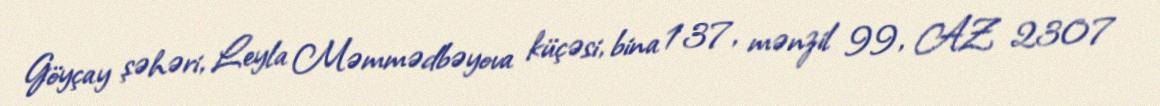
Göyçay şəhəri, Leyla Məmmədbəyova küçəsi, bina 137, mənzil 99, AZ 2307